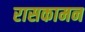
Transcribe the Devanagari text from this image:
रासकामन